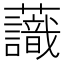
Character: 𧄹